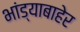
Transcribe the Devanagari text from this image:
भांड्याबाहेर